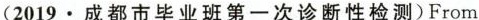
(2019.成都市毕业班第一次诊断性检测)From